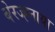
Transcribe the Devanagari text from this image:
बेरज्ह्नाया